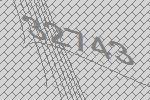
32743